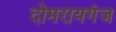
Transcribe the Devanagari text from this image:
दोमरायगंज